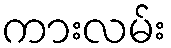
ကားလမ်း